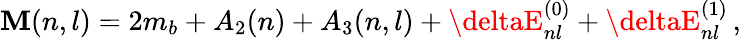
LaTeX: \mathbf{M}(n,l)=2m_{b}+A_{2}(n)+A_{3}(n,l)+\deltaE_{nl}^{(0)}+\deltaE_{nl}^{(1)}\, ,